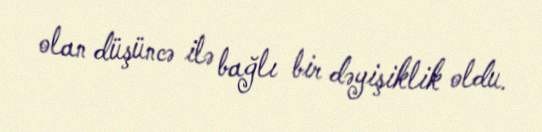
olan düşüncə ilə bağlı bir dəyişiklik oldu.